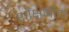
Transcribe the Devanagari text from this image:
शौक्षणीक